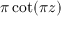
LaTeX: \pi \cot ( \pi z )